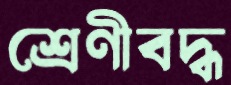
শ্রেণীবদ্ধ